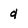
Character: d